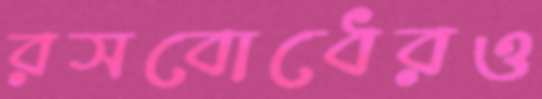
রসবোধেরও